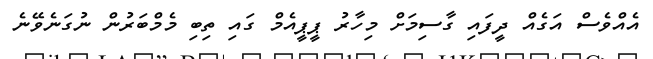
އެއްވެސް އަގެއް ދީފައި ގާސިމަށް މިހާރު ޕީޕީއެމް ގައި ތިބި މެމްބަރުން ނުގަނެވޭނެ